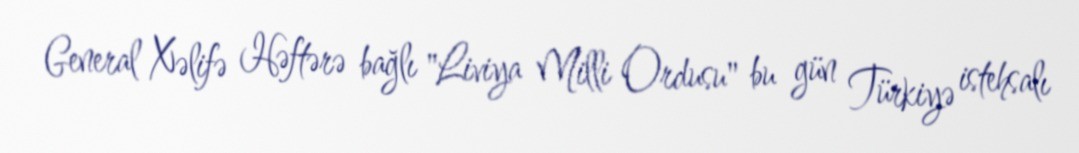
General Xəlifə Həftərə bağlı "Liviya Milli Ordusu" bu gün Türkiyə istehsalı